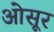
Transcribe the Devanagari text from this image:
ओसूर